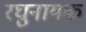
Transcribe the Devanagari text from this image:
रघुनायक